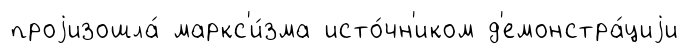
проjизошла́ маркс'и́зма исто́чн'иком д'емонстра́циjи